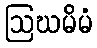
ဩဃမိမံ